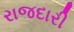
રાજદારી